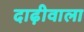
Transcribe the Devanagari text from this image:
दाढ़ीवाला